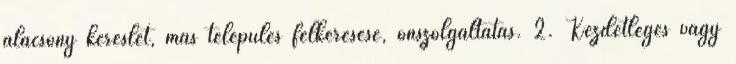
alacsony kereslet, más település felkeresése, önszolgáltatás. 2. Kezdetleges vagy